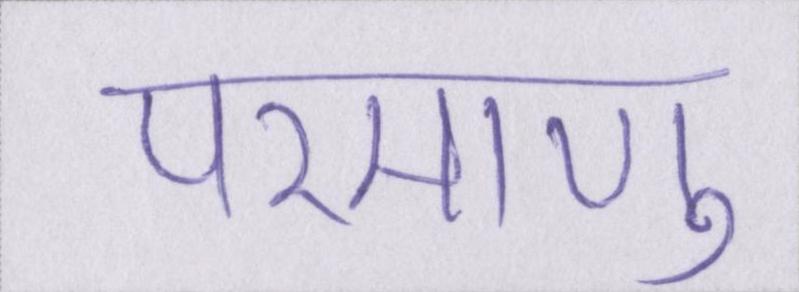
परमाणु